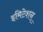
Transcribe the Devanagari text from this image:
इमिटेशन्